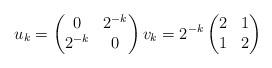
LaTeX: \begin{align*}u_k=\left(\begin{matrix}0 & 2^{-k} \\2^{-k} & 0\end{matrix}\right) v_k=2^{-k}\left(\begin{matrix}2 & 1 \\1 & 2\end{matrix}\right)\end{align*}